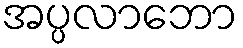
အပ္ပလာဘော